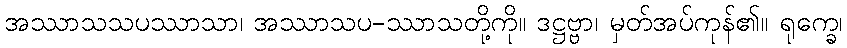
အဿာသသပဿာသာ၊ အဿာသပ-ဿာသတို့ကို။ ဒဋ္ဌဗ္ဗာ၊ မှတ်အပ်ကုန်၏။ ရုက္ခေ၊